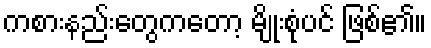
ကစားနည်းတွေကတော့ မျိုးစုံပင် ဖြစ်၏။